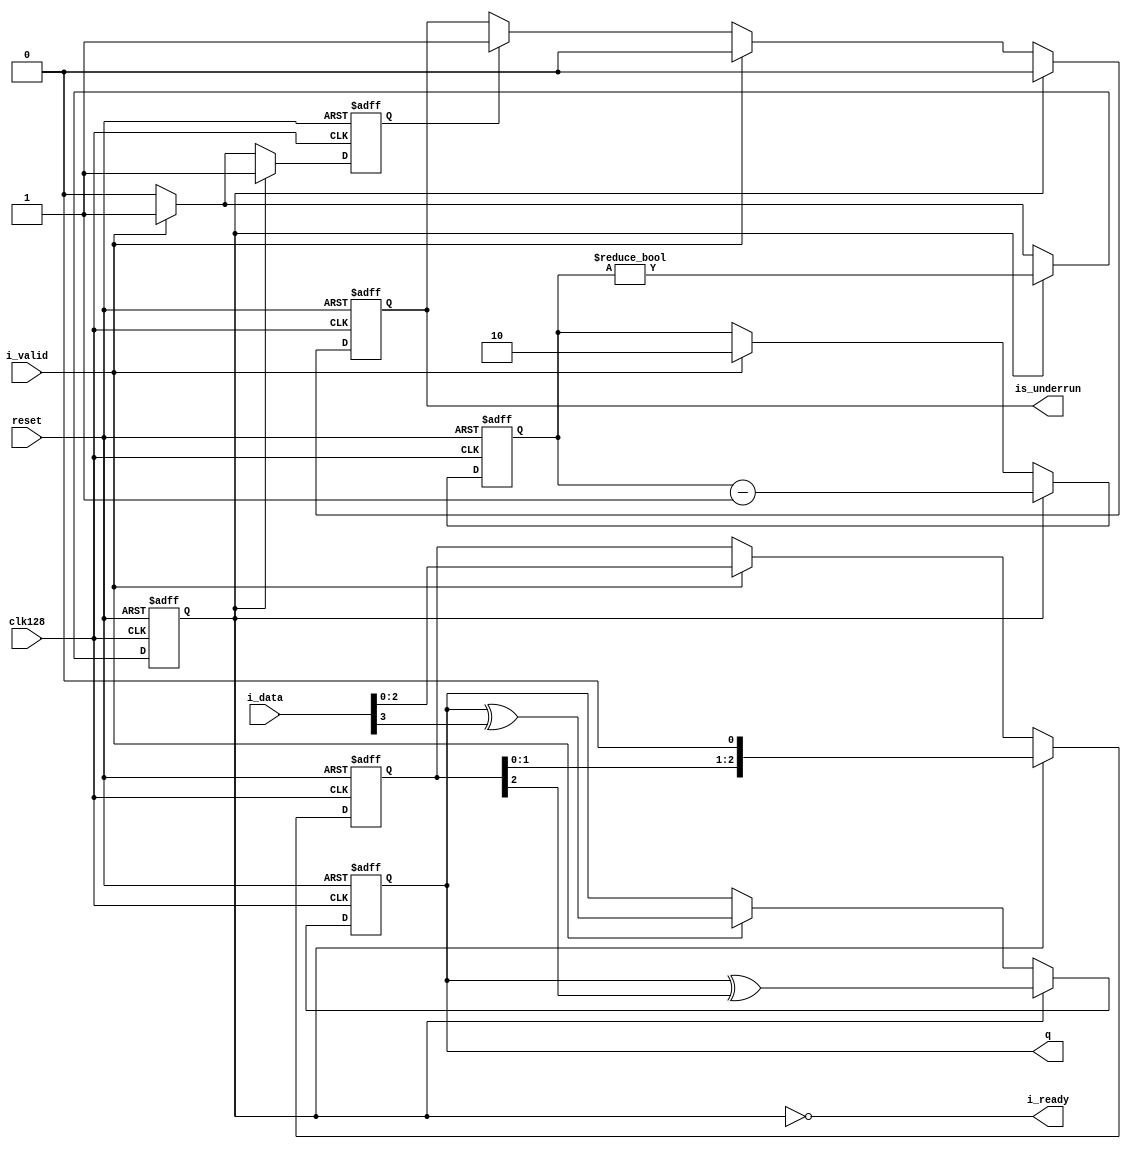
module spdif_bmc_encoder #(parameter width = 4)(
    input wire clk128,
    input wire reset,
    input wire i_valid,
    output wire i_ready,
    input wire [width-1:0] i_data,
    output reg is_underrun,
    output reg q);

    reg is_valid_shift;
    reg [width-2:0] shift_data;
    reg [$clog2(width-1)-1:0] shift_count;
    reg is_loaded;

    assign i_ready = !is_valid_shift;

    always @(posedge clk128 or posedge reset) begin
        if (reset) begin
            q <= 1'b0;
            shift_count <= 0;
            is_valid_shift <= 1'b0;
            shift_data <= 0;
            is_underrun <= 1'b0;
            is_loaded <= 1'b0;
        end else begin
            if (is_valid_shift) begin
                shift_count <= shift_count - 1'b1;
                shift_data <= shift_data << 1;
                q <= q ^ shift_data[width-2];
                is_valid_shift <= shift_count != 0;
                is_underrun <= 1'b0;
                is_loaded <= 1'b1;
            end else begin
                if (i_valid) begin
                    shift_data <= i_data[width-2:0];
                    shift_count <= width - 2;
                    q <= q ^ i_data[width-1];
                    is_valid_shift <= 1'b1;
                    is_underrun <= 1'b0;
                    is_loaded <= 1'b1;
                end else begin
                    is_valid_shift <= 1'b0;
                    if (is_loaded)
                        is_underrun <= 1'b1;
                    is_loaded <= 1'b0;
                end
            end
        end
    end
endmodule